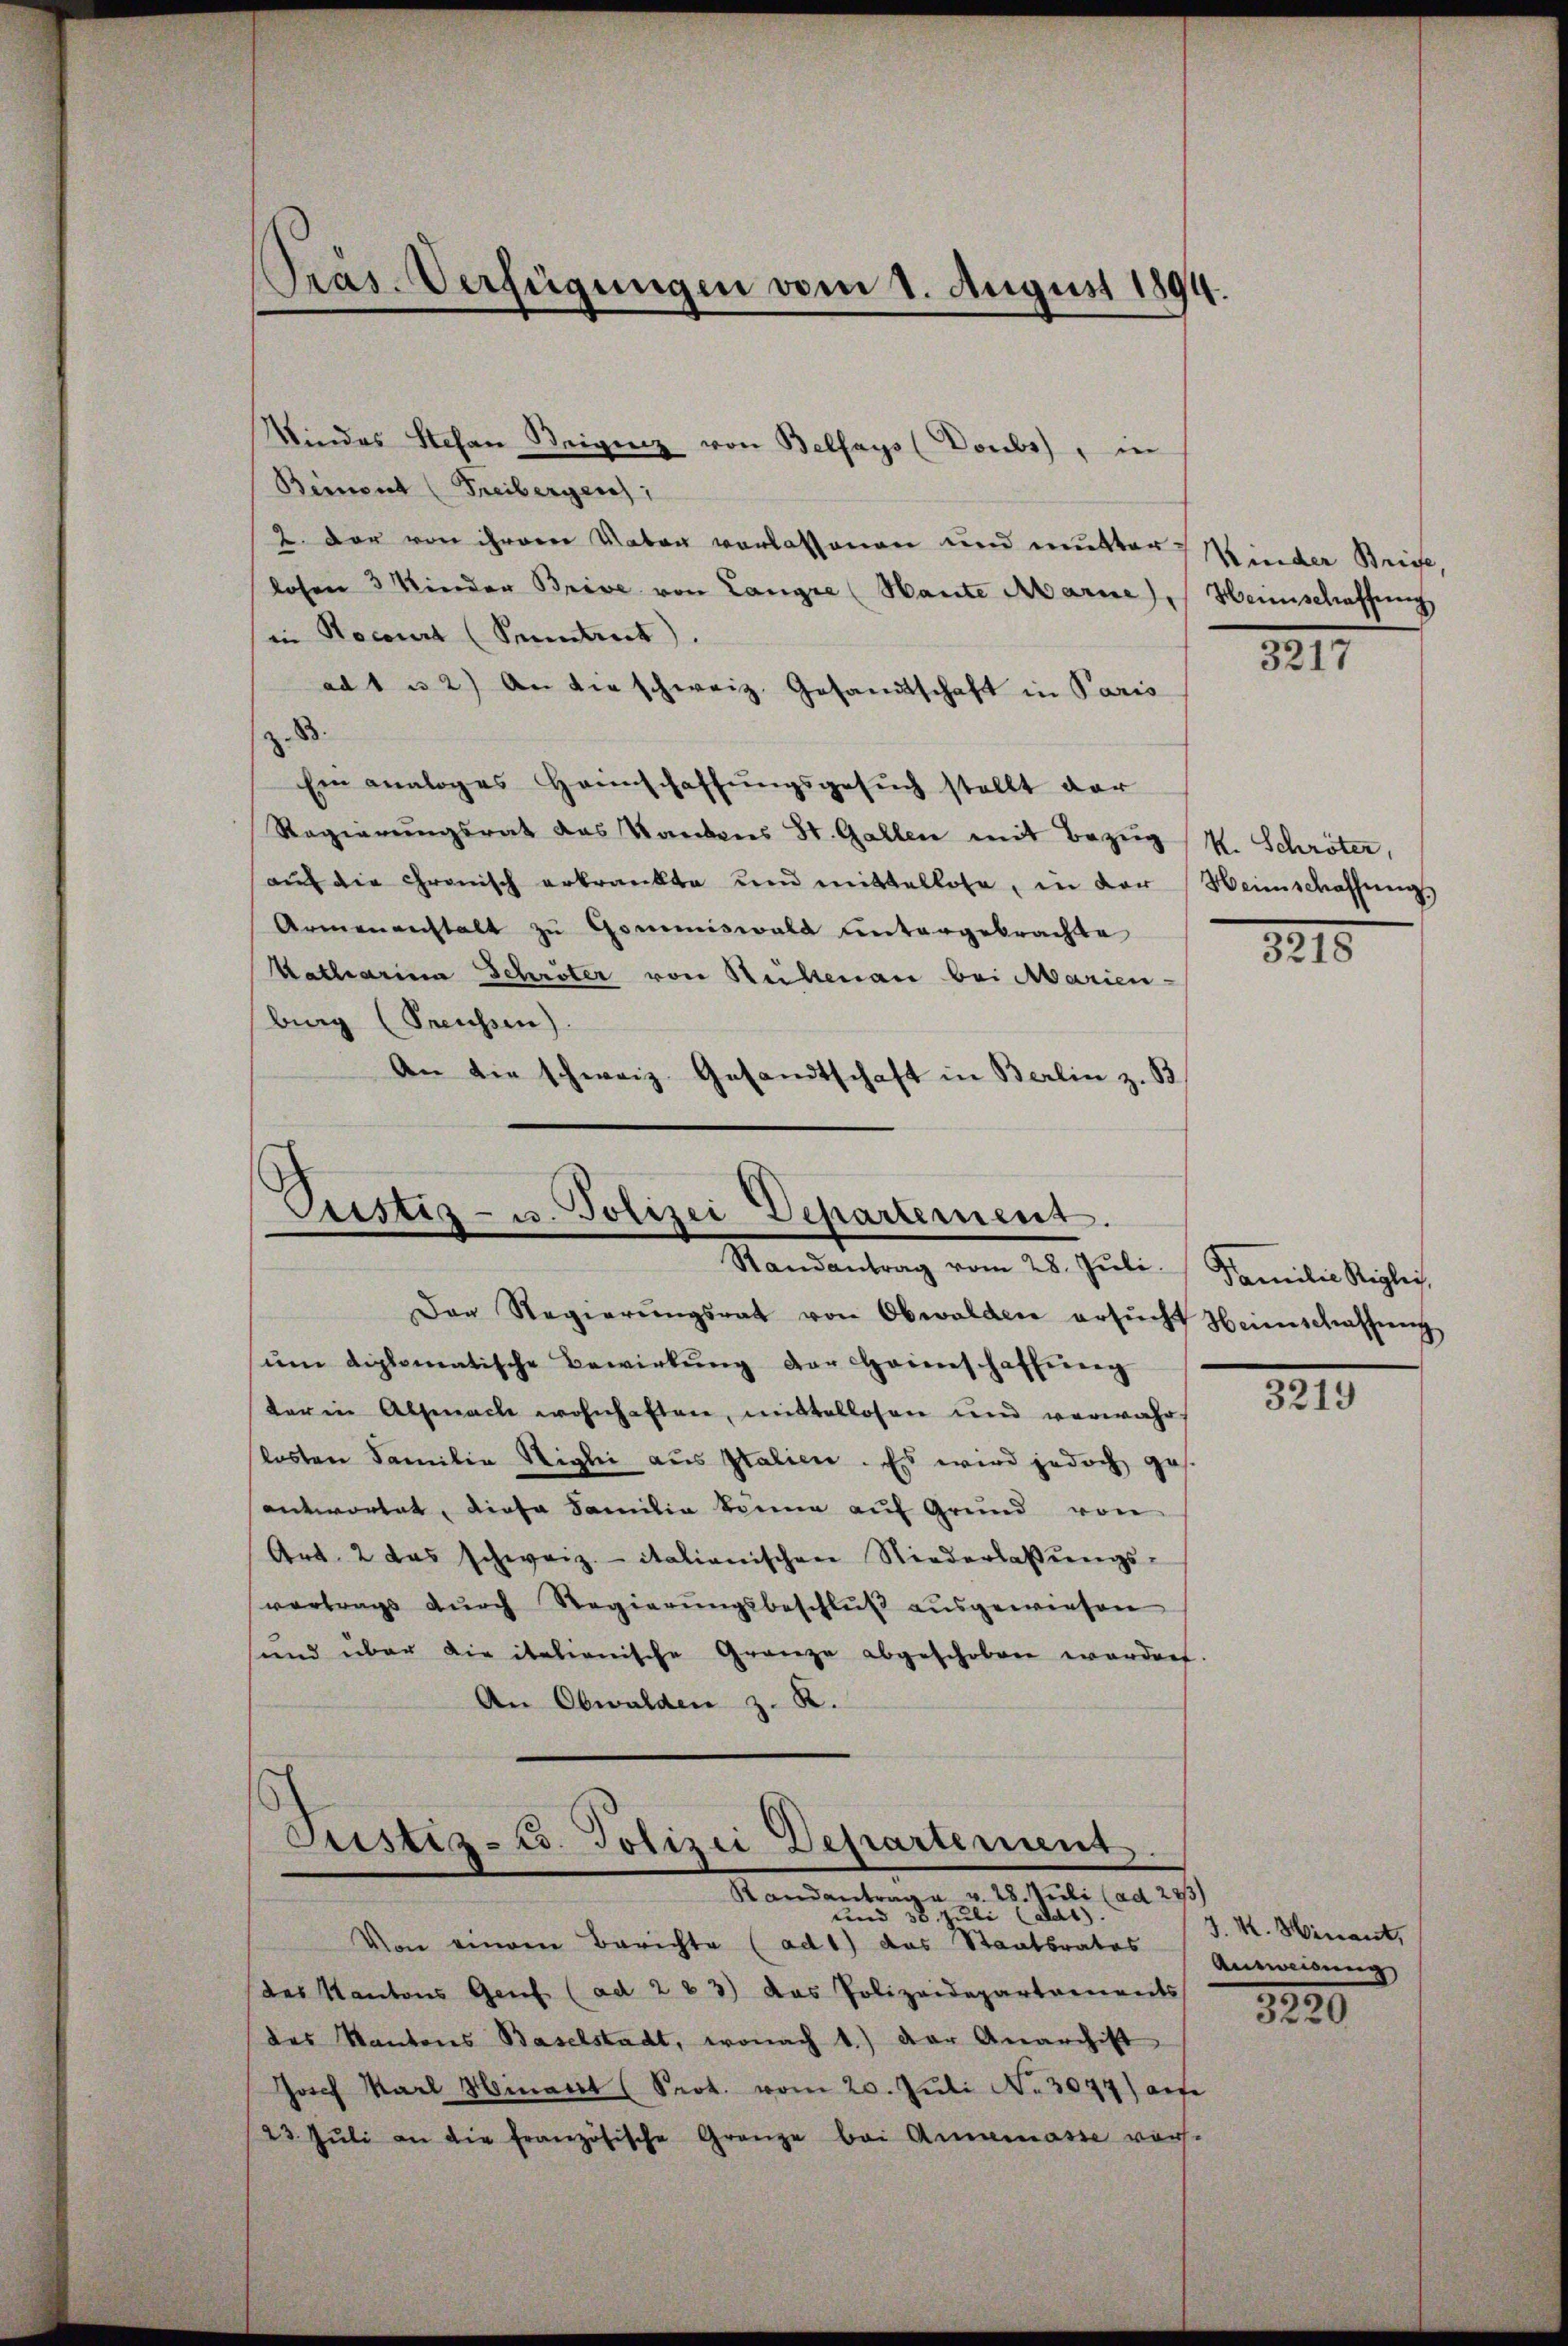
Präs. Verfügungen vom 1. August 1894.

Mindes Stefan Steigung von Belfays (Doubs), in
Bemont (Freibergen;
2. Der von ihrerer Vater vorlassenen und mutter Kinder Brief,
losen 3 Kinder Brive von Langre (Hante Marie, Heinschaffung
in Rocourt (Sonntent.
ad 1 u 2) An die schweiz. Gesandtschaft in Paris
B.
Ein analoges Heimschaffungsgesuch stellt dar
Regierungsrat das Kantons St. Gallen mit Bezug (M. Schröter,
aŭf die Granisch erkrankte und mittellose, in der Weinschaffŭng
Armenanstalt zu Gommiswald untergebrachte
Katharina Schröter von Steiltenau bei Marien-
burg (Sreussen).
An die schweiz. Gesandtschaft in Berlin z. B

Justiz- u. Polizei Departement.
Randantrag vom 28. Jŭli.

Justiz-Co. Polizei Departement

Randantrage v. 28. Juli (ad 28/3)
ad 38 Juli dat.
Von einem Berichte (ad 1) das Staatsrates Ausweisung
(des Kantons Genf (ad 223) Das Polizeidepartaments
des Kantons Baselstadt, wonach 1.) Der Anarchist
Joch Karl Hinart (Prot. vom 20. Jŭli No 3077) am
23. Jŭli an die französische Grenze bei Annemasse ver-

Das Regierŭngsrat von Obwalden ersŭcht Heimschaffŭng
um diplomatische Bewirkung der Hasenschaffung
ter in Alsenach wohnhaften, mittellosen und verwahr
lasten Familie Sigli aus Italien. Es wird jedoch ges.
antwortet, diese Familie könne auf Grund von
Art. 2 das schweiz. italianischen Niederlassŭngs-
vertrags dŭrch Regierŭngsbeschluß ausgewiesen
sund über die italienische Gränze abgeschoben worden
An Obwalden z. R.

1217

8215

Familie Reglei

810

J. K. Minant,
139
3220